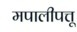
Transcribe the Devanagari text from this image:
मपालीपत्तू